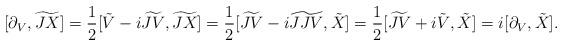
LaTeX: \begin{align*}\lbrack\partial_{V},\widetilde{JX}]=\frac{1}{2}[\tilde{V}-i\widetilde{JV},\widetilde{JX}]=\frac{1}{2}[\widetilde{JV}-i\widetilde{JJV},\tilde{X}]=\frac{1}{2}[\widetilde{JV}+i\tilde{V},\tilde{X}]=i[\partial_{V},\tilde{X}].\end{align*}